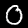
Label: 0